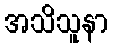
အသိသူနာ